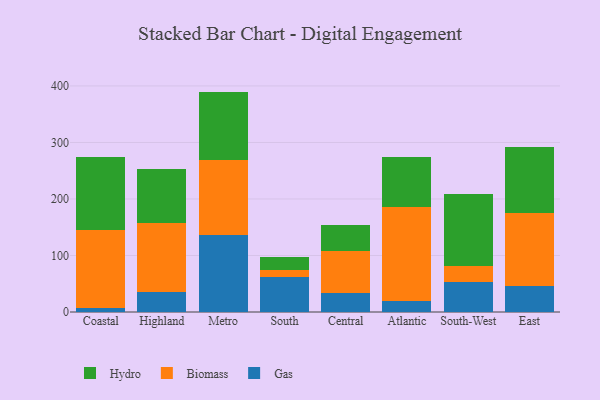
{"axis": {"x": "Region", "y": "Revenue (USD Million)"}, "legend": ["Biomass", "Gas", "Hydro"], "data": [{"x": "Coastal", "y": 6.5, "type": "Gas"}, {"x": "Coastal", "y": 138.4, "type": "Biomass"}, {"x": "Coastal", "y": 129.9, "type": "Hydro"}, {"x": "Highland", "y": 35.3, "type": "Gas"}, {"x": "Highland", "y": 122.7, "type": "Biomass"}, {"x": "Highland", "y": 94.9, "type": "Hydro"}, {"x": "Metro", "y": 135.9, "type": "Gas"}, {"x": "Metro", "y": 132.4, "type": "Biomass"}, {"x": "Metro", "y": 121.7, "type": "Hydro"}, {"x": "South", "y": 61.3, "type": "Gas"}, {"x": "South", "y": 12.8, "type": "Biomass"}, {"x": "South", "y": 22.9, "type": "Hydro"}, {"x": "Central", "y": 34.2, "type": "Gas"}, {"x": "Central", "y": 74.6, "type": "Biomass"}, {"x": "Central", "y": 44.3, "type": "Hydro"}, {"x": "Atlantic", "y": 19.5, "type": "Gas"}, {"x": "Atlantic", "y": 166.3, "type": "Biomass"}, {"x": "Atlantic", "y": 88.8, "type": "Hydro"}, {"x": "South-West", "y": 53.6, "type": "Gas"}, {"x": "South-West", "y": 27.6, "type": "Biomass"}, {"x": "South-West", "y": 127.8, "type": "Hydro"}, {"x": "East", "y": 46.3, "type": "Gas"}, {"x": "East", "y": 129.6, "type": "Biomass"}, {"x": "East", "y": 115.9, "type": "Hydro"}]}